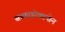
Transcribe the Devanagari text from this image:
सबडाइरेक्श्योन